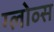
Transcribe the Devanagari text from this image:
ग्लोव्स